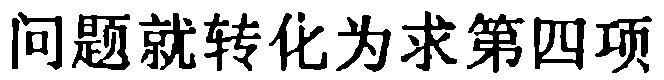
问题就转化为求第四项